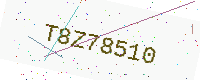
Text: T8Z78510